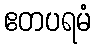
ဧတပရမံ